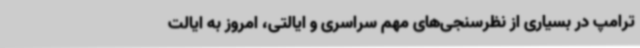
ترامپ در بسیاری از نظرسنجی‌های مهم سراسری و ایالتی، امروز به ایالت